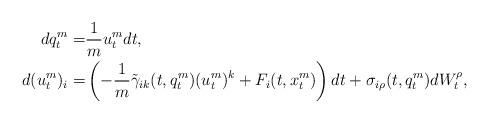
LaTeX: \begin{align*}dq_t^m=&\frac{1}{m }u_t^m dt,\\d(u^m_t)_i=&\left(-\frac{1}{m}\tilde \gamma_{ik}(t,q_t^m) (u_t^m)^k+ F_i(t,x^m_t)\right)dt+\sigma_{i\rho}(t,q_t^m)dW^\rho_t,\end{align*}